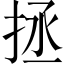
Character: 拯